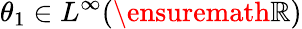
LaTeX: \theta_{1}\in L^{\infty}(\ensuremath{\mathbb{R}})